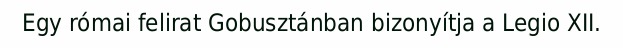
Egy római felirat Gobusztánban bizonyítja a Legio XII.